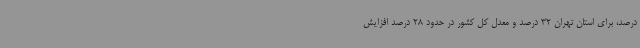
درصد، برای استان تهران 32 درصد و معدل کل کشور در حدود 28 درصد افزایش